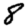
Digit: 8